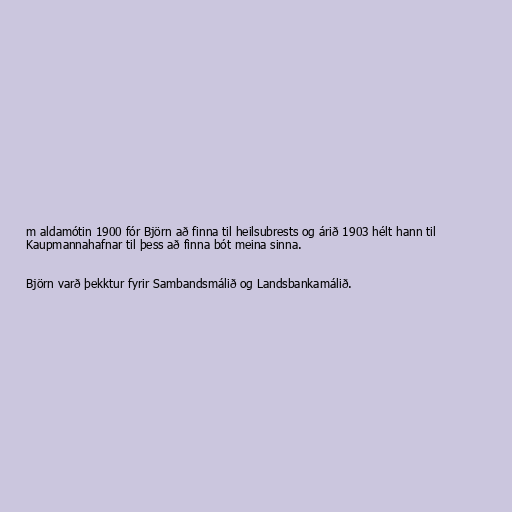
m aldamótin 1900 fór Björn að finna til heilsubrests og árið 1903 hélt hann til
Kaupmannahafnar til þess að finna bót meina sinna.

Björn varð þekktur fyrir Sambandsmálið og Landsbankamálið.